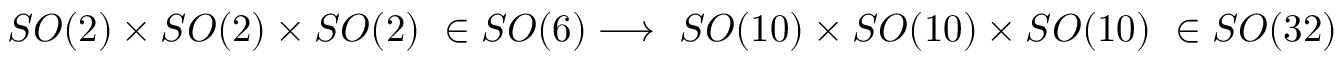
S O ( 2 ) \times S O ( 2 ) \times S O ( 2 ) \ \in S O ( 6 ) \longrightarrow \ S O ( 1 0 ) \times S O ( 1 0 ) \times S O ( 1 0 ) \ \in S O ( 3 2 )